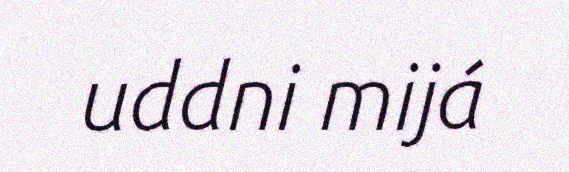
uddni mijá